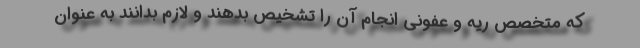
که متخصص ریه و عفونی انجام آن را تشخیص بدهند و لازم بدانند به عنوان